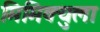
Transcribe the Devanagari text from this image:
मिमिक्युला